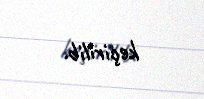
keçirilib.